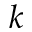
k